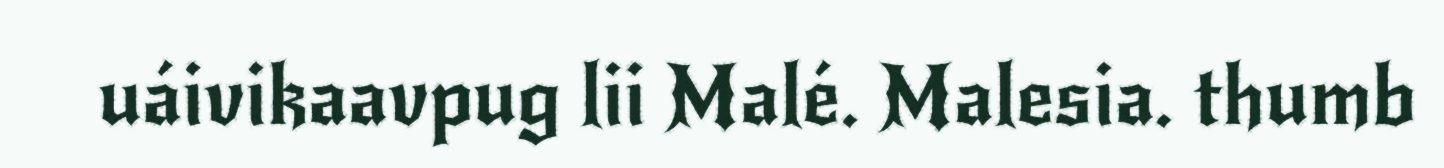
uáivikaavpug lii Malé. Malesia. thumb